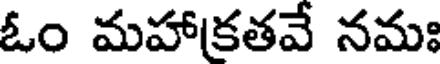
ఓం మహాకతవే నమః